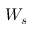
W _ { s }